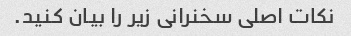
نکات اصلی سخنرانی زیر را بیان کنید.